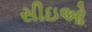
સીઇઓ